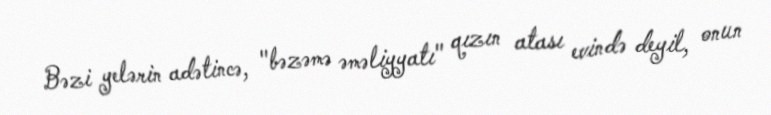
Bəzi yelərin adətincə, "bəzəmə əməliyyatı" qızın atası evində deyil, onun